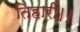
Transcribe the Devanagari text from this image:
तिहारी।।